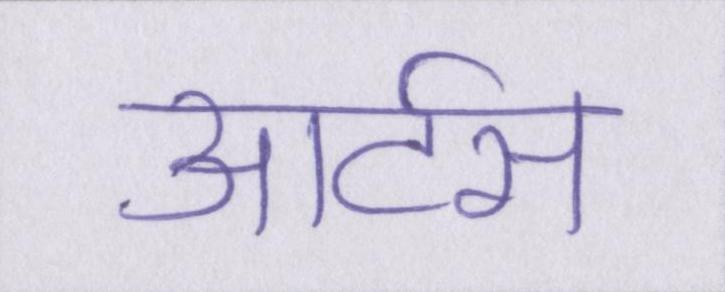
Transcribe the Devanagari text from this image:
आर्टस